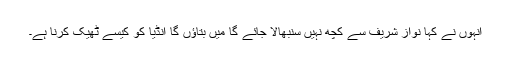
انہوں نے کہا نواز شریف سے کچھ نہیں سنبھالا جائے گا میں بتاﺅں گا انڈیا کو کیسے ٹھیک کرنا ہے۔